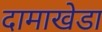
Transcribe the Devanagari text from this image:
दामाखेडा